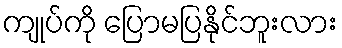
ကျုပ်ကို ပြောမပြနိုင်ဘူးလား